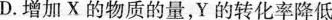
D.增加X的物质的量，Y的转化率降低